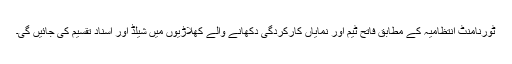
ٹورنامنٹ انتظامیہ کے مطابق فاتح ٹیم اور نمایاں کارکردگی دکھانے والے کھلاڑیوں میں شیلڈ اور اسناد تقسیم کی جائیں گی۔